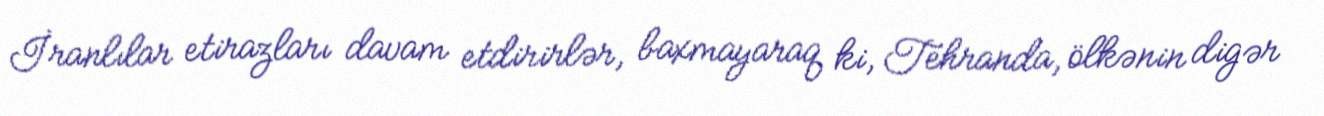
İranlılar etirazları davam etdirirlər, baxmayaraq ki, Tehranda, ölkənin digər